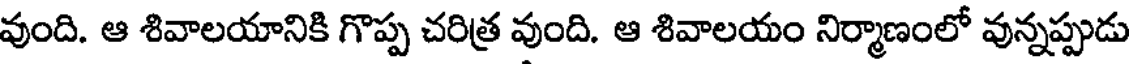
వుంది. ఆ శివాలయానికి గొప్ప చరిత్ర వుంది. ఆ శివాలయం నిర్మాణంలో వున్నప్పుడు